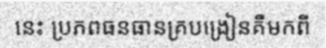
នេះ ប្រភពធនធានគ្របង្រៀនគឺមកពី